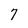
Character: 7